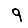
Digit: 9